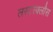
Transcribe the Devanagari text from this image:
लस्टस्क्लौस